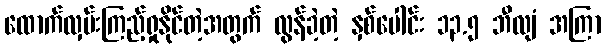
ထောက်လှမ်းကြည့်ရှုနိုင်တဲ့အတွက် လွန်ခဲ့တဲ့ နှစ်ပေါင်း ၁၃.၅ ဘီလျံ အကြာ